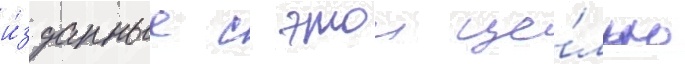
и́зданные с этои це́лью